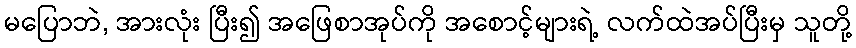
မပြောဘဲ, အားလုံး ပြီး၍ အဖြေစာအုပ်ကို အစောင့်များရဲ့ လက်ထဲအပ်ပြီးမှ သူတို့